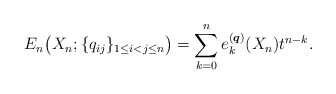
\begin{gather*}E_n\big( X_n; \{q_{ij} \}_{1 \le i < j \le n}\big) = \sum_{k=0}^{n}e_k^{({\boldsymbol{q}})}(X_n) t^{n-k}.\end{gather*}